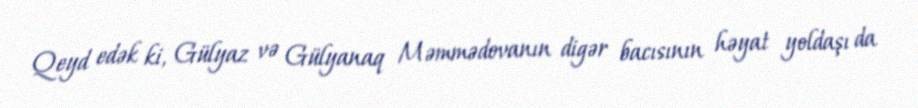
Qeyd edək ki, Gülyaz və Gülyanaq Məmmədovanın digər bacısının həyat yoldaşı da